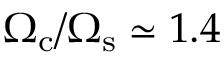
\Omega _ { \mathrm { c } } / \Omega _ { \mathrm { s } } \simeq 1 . 4